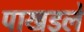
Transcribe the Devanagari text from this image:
पाखडले